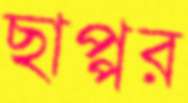
ছাপ্পর